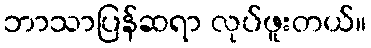
ဘာသာပြန်ဆရာ လုပ်ဖူးတယ်။